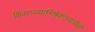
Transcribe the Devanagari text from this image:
शिवराज्याभिषेकाच्यावेळी